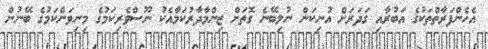
އެހެންފަރާތްތަކުގެ އަބުރާއި ގަދަރަށް އުނިކަން ނުލިބޭނެ ގޮތަށް ޒިންމާދާރުކަމާއެކު ނޫސްވެރިކަމުގެ މިނިވަންކަމުގެ ބޭނުން